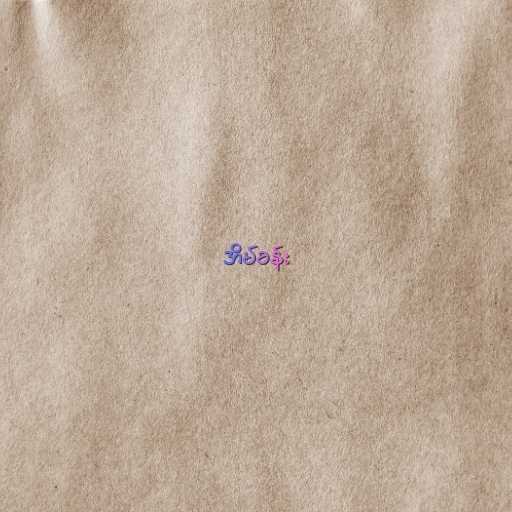
အိမ်ခန်း